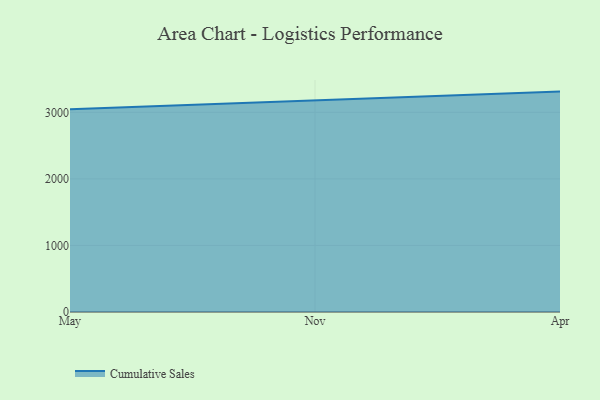
{"axis": {"x": "Month", "y": "Gross Profit (USD K)"}, "legend": ["Cumulative Sales"], "data": [{"x": "May", "y": 3045.3, "type": "Cumulative Sales"}, {"x": "Nov", "y": 3173.9, "type": "Cumulative Sales"}, {"x": "Apr", "y": 3311.3, "type": "Cumulative Sales"}]}